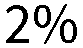
2%